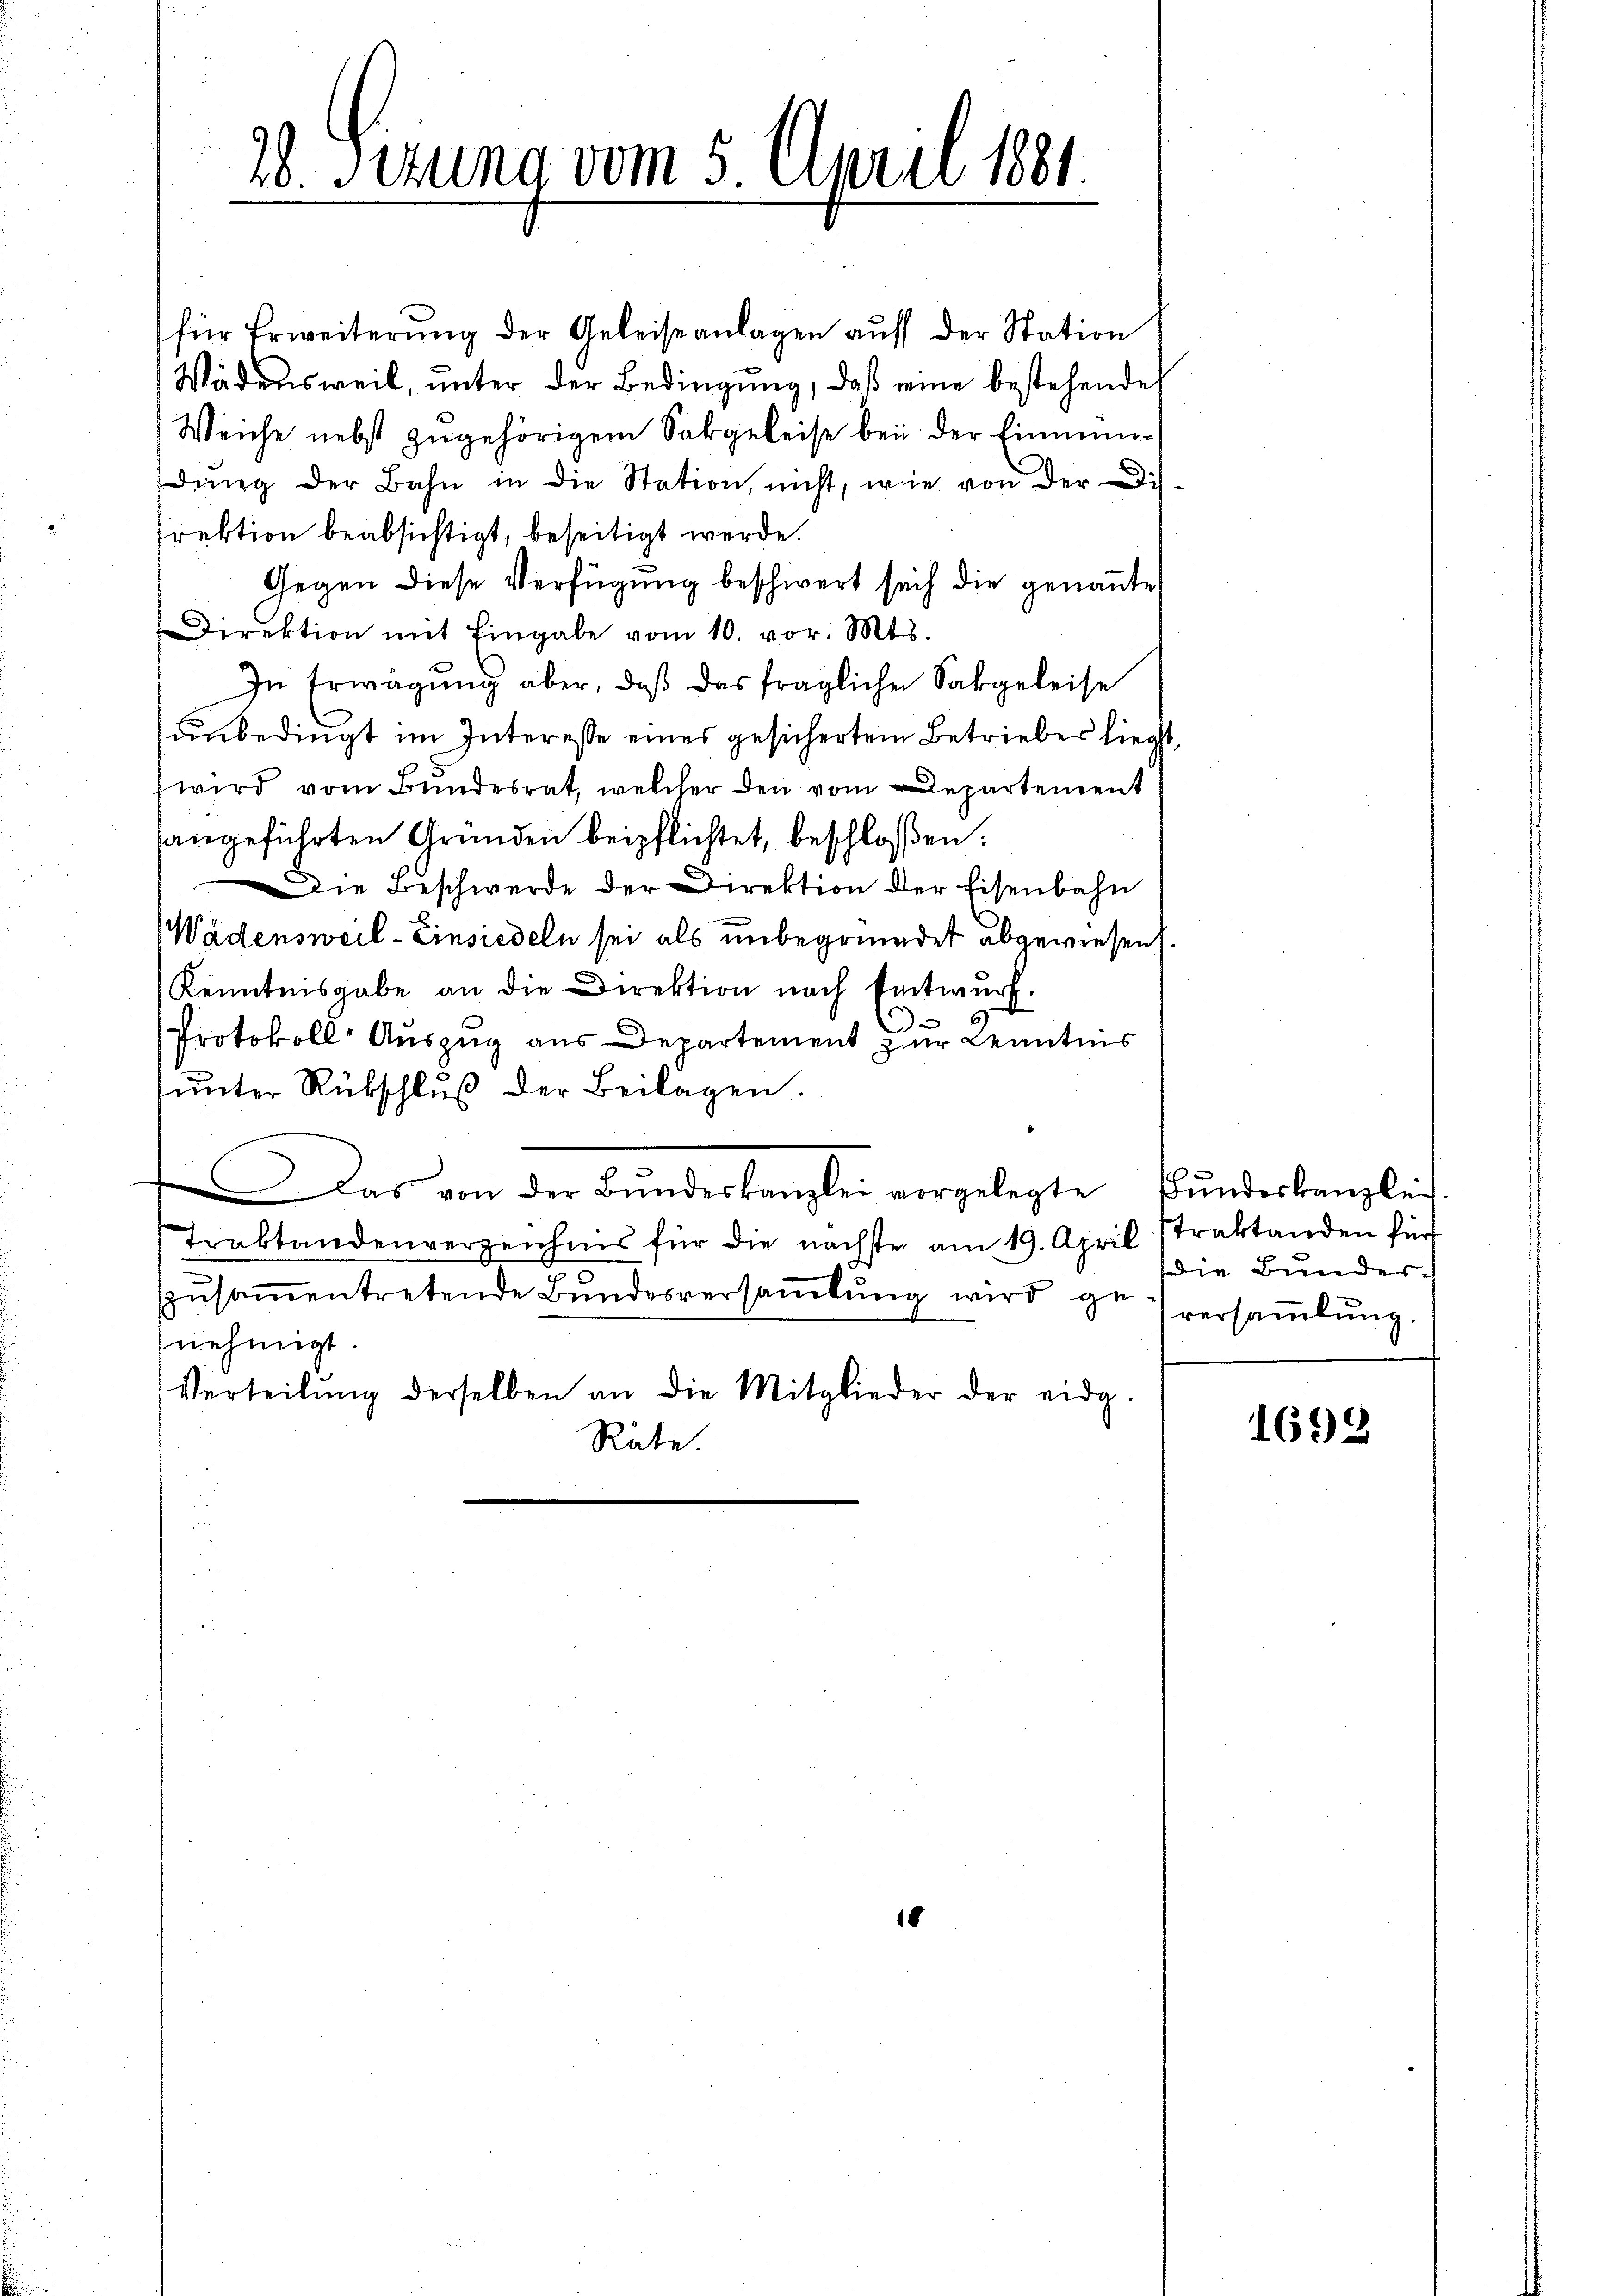
28. Sezung vom 5. April 181

für Erweiterŭng der Geleiseanlagen aŭf der Station
Wädensweil, unter der Bedingung, daß eine bestehende
Weiche nebst zugehörigem Sargeleise bei der Einmündung der Bahn in die Station, nicht, wie von der Disfirektion beabsichtigt, beseitigt werde.
Gegen diese Verfügung beschwert sich die genannte
Direktion mit Eingabe vom 10. vor. Mts.
In Erwägŭng aber, daß das fraglichen Sakgeleise
unbedingt im Interesse eines gesichertem Betriebes liegt,
wird vom Bundesrat, welcher den vom Departement
angeführten Gründen beipflichtet, beschloßen:
Die Beschwerde der Direktion der Eisenbahn
Wädensweil - Einsiedeln sei als unbegründet abgewiesen.
Kenntnisgabe an die Direktion nach Entwurf.
d
Protokoll Auszug aus Departement zur Kenntnis
unter Rükschluß der Beilagen.
Das von der Bŭndeskanzlei vorgelegte Bŭndeskanzlei
Traktandenverzeichnis für die nächster am 19. April straktanden für
zusammentretende Bundesversammlung wird genehmigt
Verteilŭng derselben an die Mitglieder der eidg.
Räte.

18

die Bundesversammlung.

1698